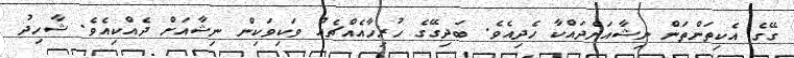
ގޭގެ އެކިތަންތަން ނިޝާއަށްދައްކާ ހެދިއެވެ. ބަދިގޭގެ ހުރިހާއެއްޗެއް ވަކިވަކިން ނިޝާއަށް ދެއްކިއެވެ. ޝާހިދު